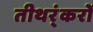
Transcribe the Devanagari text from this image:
तीथर्ंकरों